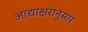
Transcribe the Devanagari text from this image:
आद्याक्षरांनुसार